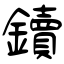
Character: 鑟